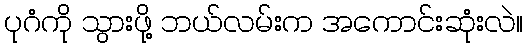
ပုဂံကို သွားဖို့ ဘယ်လမ်းက အကောင်းဆုံးလဲ။